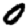
Digit: 0